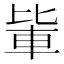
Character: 𨋅